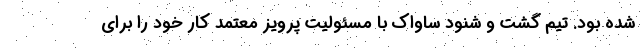
شده بود. تیم گشت و شنود ساواک با مسئولیت پرویز معتمد کار خود را برای